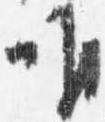
唯